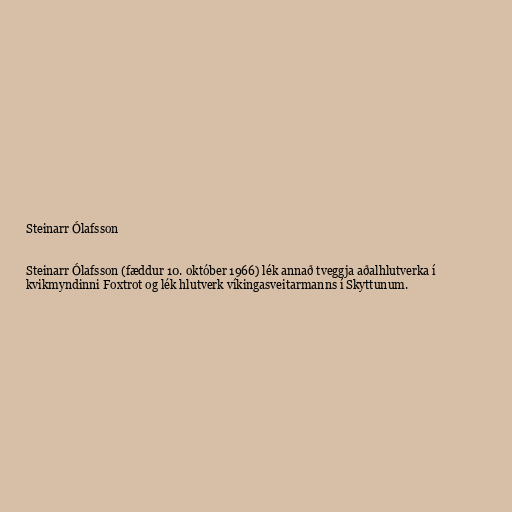
Steinarr Ólafsson

Steinarr Ólafsson (fæddur 10. október 1966) lék annað tveggja aðalhlutverka í
kvikmyndinni Foxtrot og lék hlutverk víkingasveitarmanns í Skyttunum.